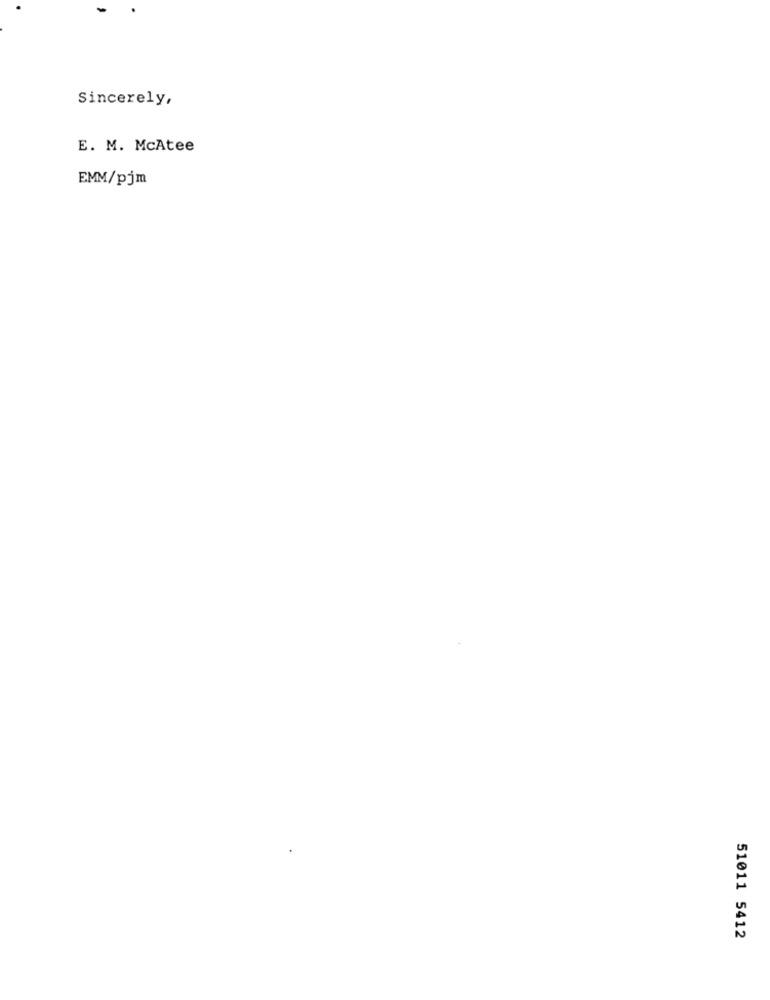
Sincerely,
E. M. McAtee
EMM/pjm
51011 5412